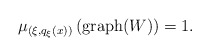
\begin{align*}\mu _{(\xi, q _\xi (x))} \left( \mathrm{graph} ( W ) \right) = 1 .\end{align*}